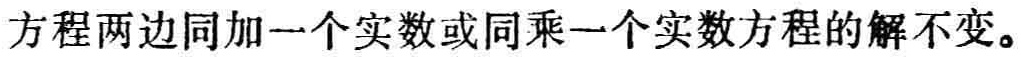
方程两边同加一个实数或同乘一个实数方程的解不变。